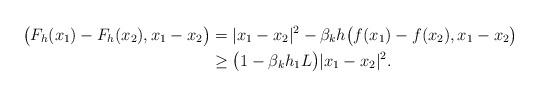
LaTeX: \begin{align*} \big( F_h(x_1) - F_h(x_2), x_1 - x_2 \big) &= |x_1 - x_2 |^2 - \beta_k h \big( f(x_1) - f(x_2), x_1 - x_2 \big)\\ &\ge \big(1 - \beta_k h_1 L \big) |x_1 - x_2 |^2. \end{align*}